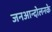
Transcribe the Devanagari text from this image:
जनआन्दोलनके